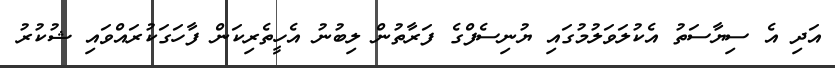
އަދި އެ ސިޔާސަތު އެކުލަވަލުމުގައި ޔުނިސެފްގެ ފަރާތުން ލިބުނު އެހީތެރިކަން ފާހަގަކުރައްވައި ޝުކުރު